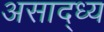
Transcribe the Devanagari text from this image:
असाद्ध्य